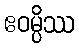
ဧဝမ္ပိဿ